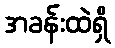
အခန်းထဲရှိ